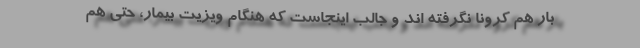
بار هم کرونا نگرفته اند و جالب اینجاست که هنگام ویزیت بیمار، حتی هم